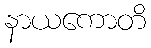
နာယကောတိ